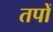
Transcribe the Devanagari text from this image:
तपों